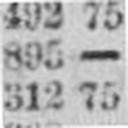
312 75